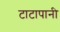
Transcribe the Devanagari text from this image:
टाटापानी